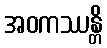
အဝကဿန္တိ